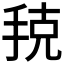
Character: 𭠳